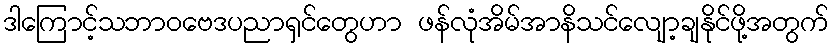
ဒါကြောင့်သဘာဝဗေဒပညာရှင်တွေဟာ ဖန်လုံအိမ်အာနိသင်လျော့ချနိုင်ဖို့အတွက်